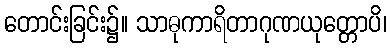
တောင်းခြင်း၌။ သာဓုကာရိတာဂုဏယုတ္တောပိ၊